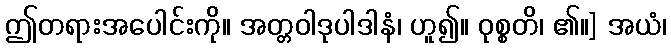
ဤတရားအပေါင်းကို။ အတ္တဝါဒုပါဒါနံ၊ ဟူ၍။ ဝုစ္စတိ၊ ၏။] အယံ၊